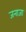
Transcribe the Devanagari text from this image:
जनाजा